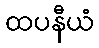
ထပနီယံ